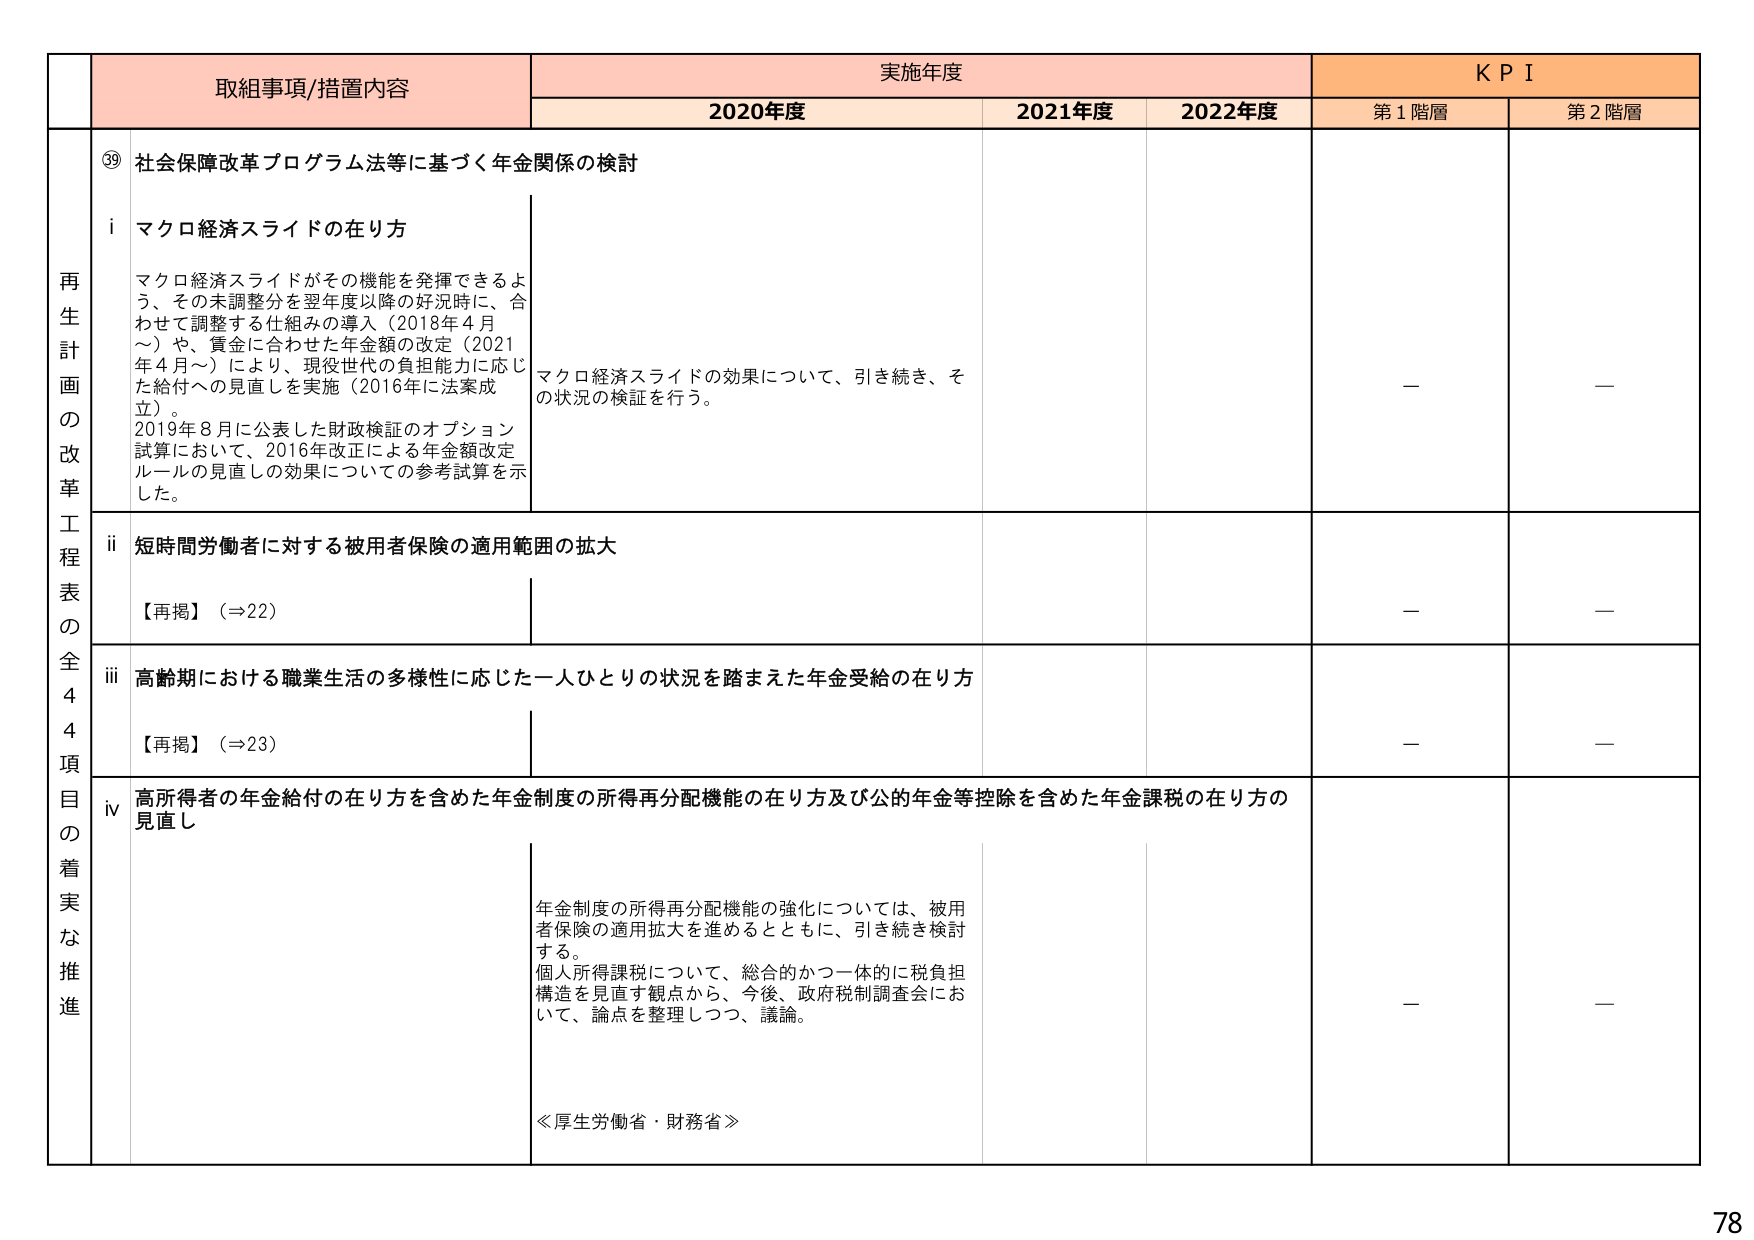
再 生 計 画 の 改 革 工 程 表 の 全 4 4 項 目 の 着 実 な 推 進

取組事項/措置内容
⑲ 社会保障改革プログラム法等に基づく年金関係の検討

i マクロ経済スライドの在り方
マクロ経済スライドがその機能を発揮できるよう、その未調整分を翌年度以降の好況時に、合わせて調整する仕組みの導入（2018年4月～）や、賃金に合わせた年金額の改定（2021年4月～）により、現役世代の負担能力に応じた給付への見直しを実施（2016年に法案成立）。
2019年8月に公表した財政検証のオプション試算において、2016年改正による年金額改定ルールの見直しの効果についての参考試算を示した。

マクロ経済スライドの効果について、引き続き、その状況の検証を行う。

ii 短時間労働者に対する被用者保険の適用範囲の拡大
【再掲】（⇒22）

iii 高齢期における職業生活の多様性に応じた一人ひとりの状況を踏まえた年金受給の在り方
【再掲】（⇒23）

iv 高所得者の年金給付の在り方を含めた年金制度の所得再分配機能の在り方及び公的年金等控除を含めた年金課税の在り方の見直し
年金制度の所得再分配機能の強化については、被用者保険の適用拡大を進めるとともに、引き続き検討する。
個人所得課税について、総合的かつ一体的に税負担構造を見直す観点から、今後、政府税制調査会において、論点を整理しつつ、議論。
≪厚生労働省・財務省≫

実施年度
2020年度
2021年度
2022年度

KPI
第1階層
第2階層
－
－
－
－
－
－
－
－

78